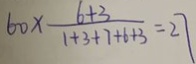
6 0 \times \frac { 6 + 3 } { 1 + 3 + 7 + 6 + 3 } = 2 7